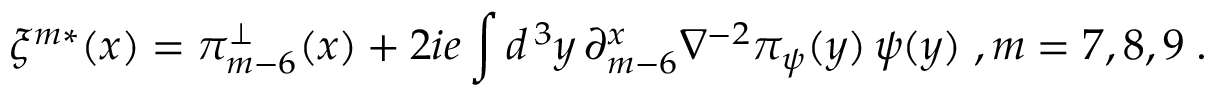
\xi ^ { m * } ( x ) = \pi _ { m - 6 } ^ { \perp } ( x ) + 2 i e \int d ^ { \, 3 } y \, \partial _ { m - 6 } ^ { x } \nabla ^ { - 2 } \pi _ { \psi } ( y ) \, \psi ( y ) \; , m = 7 , 8 , 9 \; .